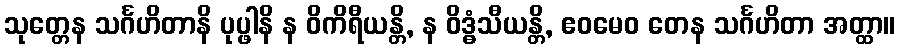
သုတ္တေန သင်္ဂဟိတာနိ ပုပ္ဖါနိ န ဝိကိရီယန္တိ, န ဝိဒ္ဓံသီယန္တိ, ဧဝမေဝ တေန သင်္ဂဟိတာ အတ္ထာ။